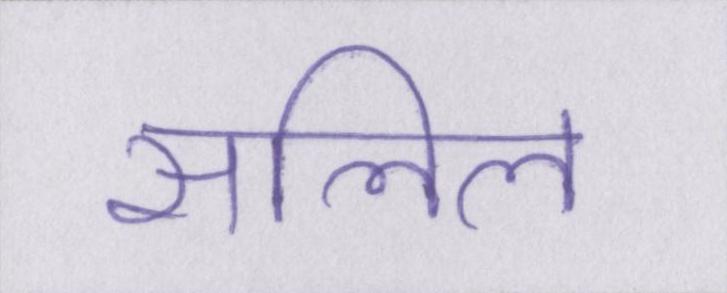
सलिल